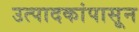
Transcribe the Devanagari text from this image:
उत्पादकांपासून